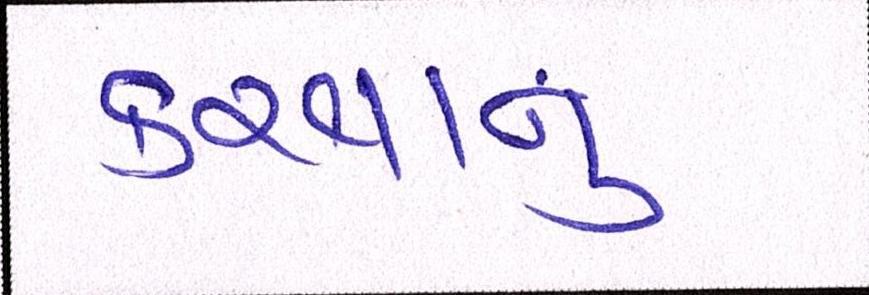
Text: કરવાનું